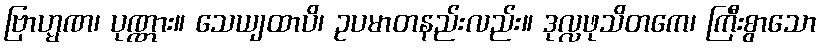
ဗြာဟ္မဏ၊ ပုဏ္ဏား။ သေယျထာပိ၊ ဥပမာတနည်းလည်း။ ဒုလ္လဖုသိတကေ၊ ကြီးစွာသော